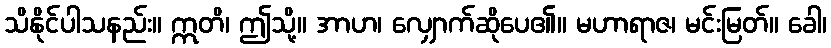
သိနိုင်ပါသနည်း။ ဣတိ၊ ဤသို့။ အာဟ၊ လျှောက်ဆိုပေ၏။ မဟာရာဇ၊ မင်းမြတ်။ ခေါ၊